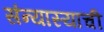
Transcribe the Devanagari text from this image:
संन्यास्याची